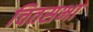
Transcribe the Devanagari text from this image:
चितसभा